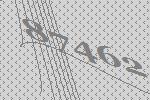
87462